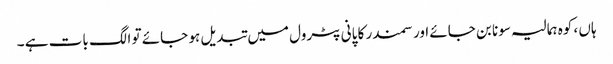
ہاں ، کوہ ہمالیہ سونا بن جائے اور سمندر کا پانی پٹرول میں تبدیل ہو جائے تو الگ بات ہے ۔